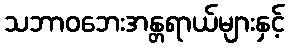
သဘာဝဘေးအန္တရာယ်များနှင့်